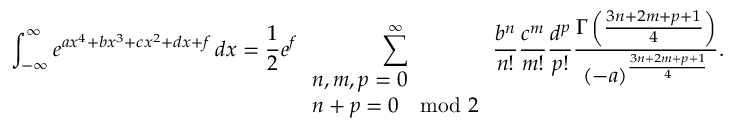
\int _ { - \infty } ^ { \infty } e ^ { a x ^ { 4 } + b x ^ { 3 } + c x ^ { 2 } + d x + f } \, d x = { \frac { 1 } { 2 } } e ^ { f } \sum _ { \begin{array} { l } { n , m , p = 0 } \\ { n + p = 0 \mod 2 } \end{array} } ^ { \infty } { \frac { b ^ { n } } { n ! } } { \frac { c ^ { m } } { m ! } } { \frac { d ^ { p } } { p ! } } { \frac { \Gamma \left( { \frac { 3 n + 2 m + p + 1 } { 4 } } \right) } { ( - a ) ^ { \frac { 3 n + 2 m + p + 1 } { 4 } } } } .